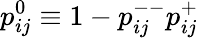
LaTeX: p_{ij}^{0}\equiv 1-p_{ij}^{--}p_{ij}^{+}